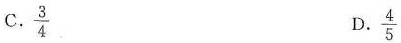
C.\frac{3}{4} D.\frac{4}{5}